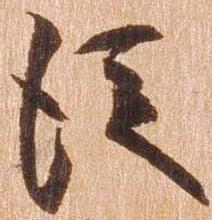
従